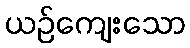
ယဉ်ကျေးသော